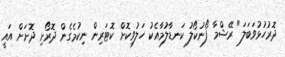
ދޮރުހުޅުވަބަލަ" ރޭޝްމާ ފޯނުކޯލު ކަނޑާލުމާއެކު ހަލުވިކޮށް ކޮޓަރިން ނިކުމެގެން ދޮރޯށި ދޮށަށް އައީ